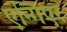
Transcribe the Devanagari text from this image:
एन्गिएर